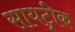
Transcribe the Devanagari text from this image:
सायट्रीक